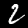
Digit: 2